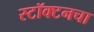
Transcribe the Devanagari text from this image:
स्टॉक्टनचा